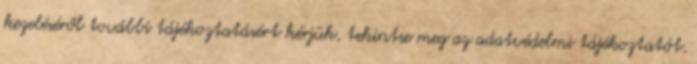
kezeléséről további tájékoztatásért kérjük, tekintse meg az adatvédelmi tájékoztatót.